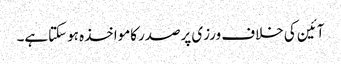
آئین کی خلاف ورزی پرصدرکامواخذہ ہوسکتاہے۔